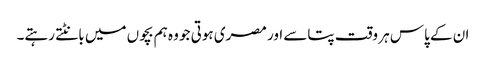
ان کے پاس ہر وقت پتاسے اور مصری ہوتی جو وہ ہم بچوں میں بانٹتے رہتے۔